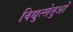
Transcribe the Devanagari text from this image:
विद्युत्सेतुओं